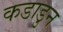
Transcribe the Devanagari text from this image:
कडाडुन